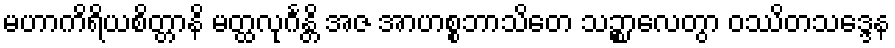
မဟာကိရိယစိတ္တာနိ မတ္ထလုင်္ဂန္တိ အဇ အာဟစ္စဘာသိတေ သဉ္စာလေတွာ ဝဿိတသဒ္ဒေန